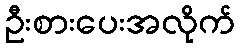
ဦးစားပေးအလိုက်